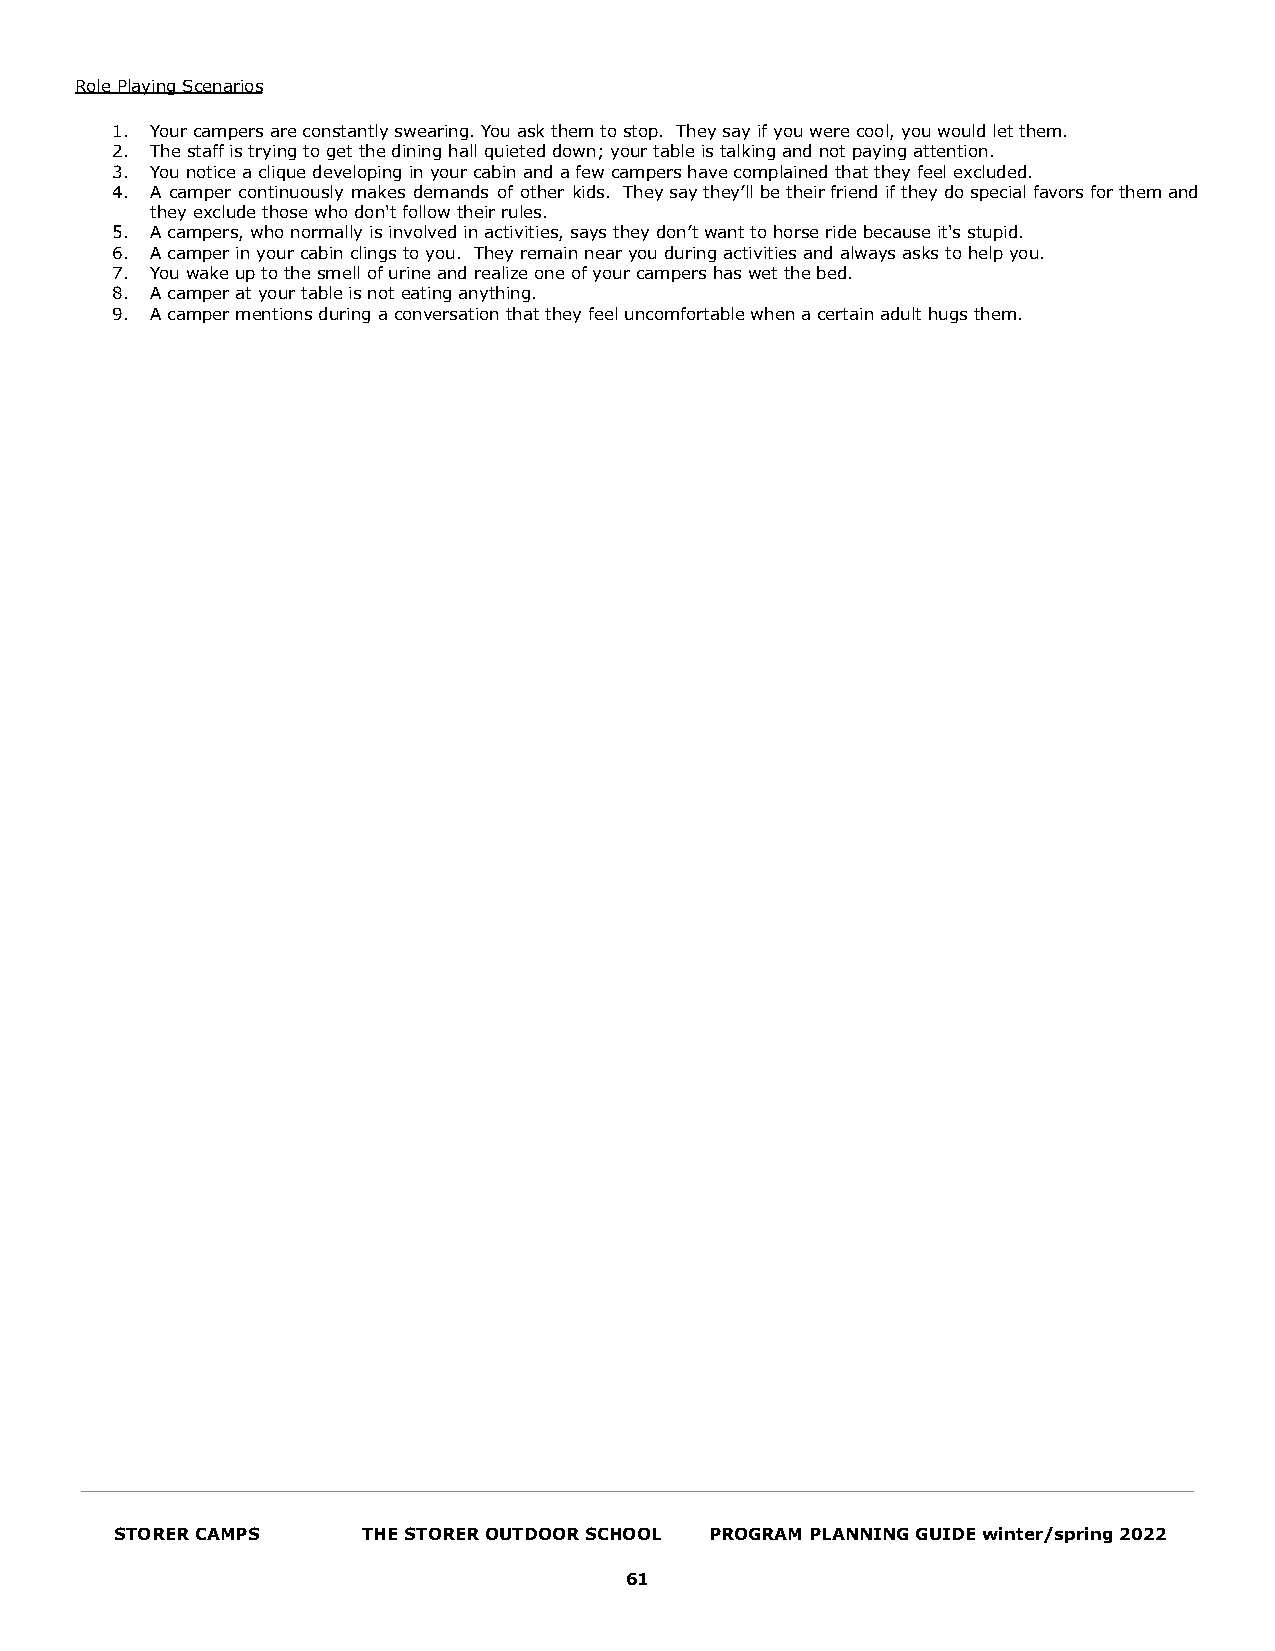
Role Playing Scenarios
 1. Your campers are constantly swearing. You ask them to stop. They say if you were cool, you would let them.
 2. The staff is trying to get the dining hall quieted down; your table is talking and not paying attention.
 3. You notice a clique developing in your cabin and a few campers have complained that they feel excluded.
 4. A camper continuously makes demands of other kids. Theysaythey’llbetheirfriendiftheydospecialfavorsforthemand
 they exclude those who don't follow their rules.
 5. A campers, who normally is involved in activities, says they don’t want to horse ride because it's stupid.
 6. A camper in your cabin clings to you. They remain near you during activities and always asks to help you.
 7. You wake up to the smell of urine and realize one of your campers has wet the bed.
 8. A camper at your table is not eating anything.
 9. A camper mentions during a conversation that they feel uncomfortable when a certain adult hugs them.
 STORER CAMPS    THE STORER OUTDOOR SCHOOL PROGRAM PLANNING GUIDE winter/spring 2022
 61